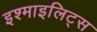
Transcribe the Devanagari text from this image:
इश्माइलिट्स